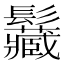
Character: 𩰅